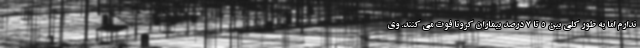
ندارم اما به طور کلی بین ۵ تا ۷ درصد بیماران کرونا فوت می کنند. وی